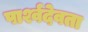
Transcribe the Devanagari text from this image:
पार्श्वदेवता